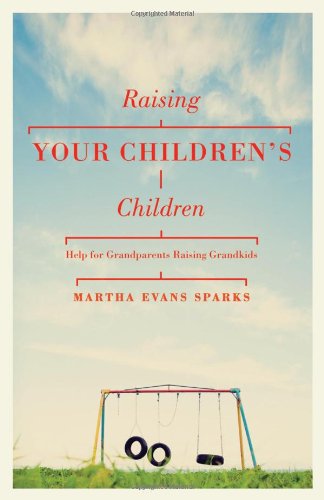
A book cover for Raising Your Children's Children: Help for Grandparents Raising Grandkids; Martha Evans Sparks; Parenting & Relationships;